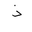
Letter: _thal